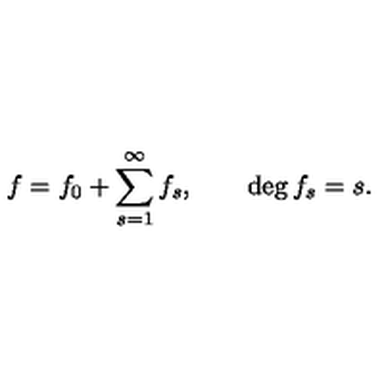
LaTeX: f = f _ { 0 } + \sum _ { s = 1 } ^ { \infty } f _ { s } , \qquad \deg { f _ { s } } = s .